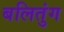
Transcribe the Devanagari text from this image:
बलितुंग